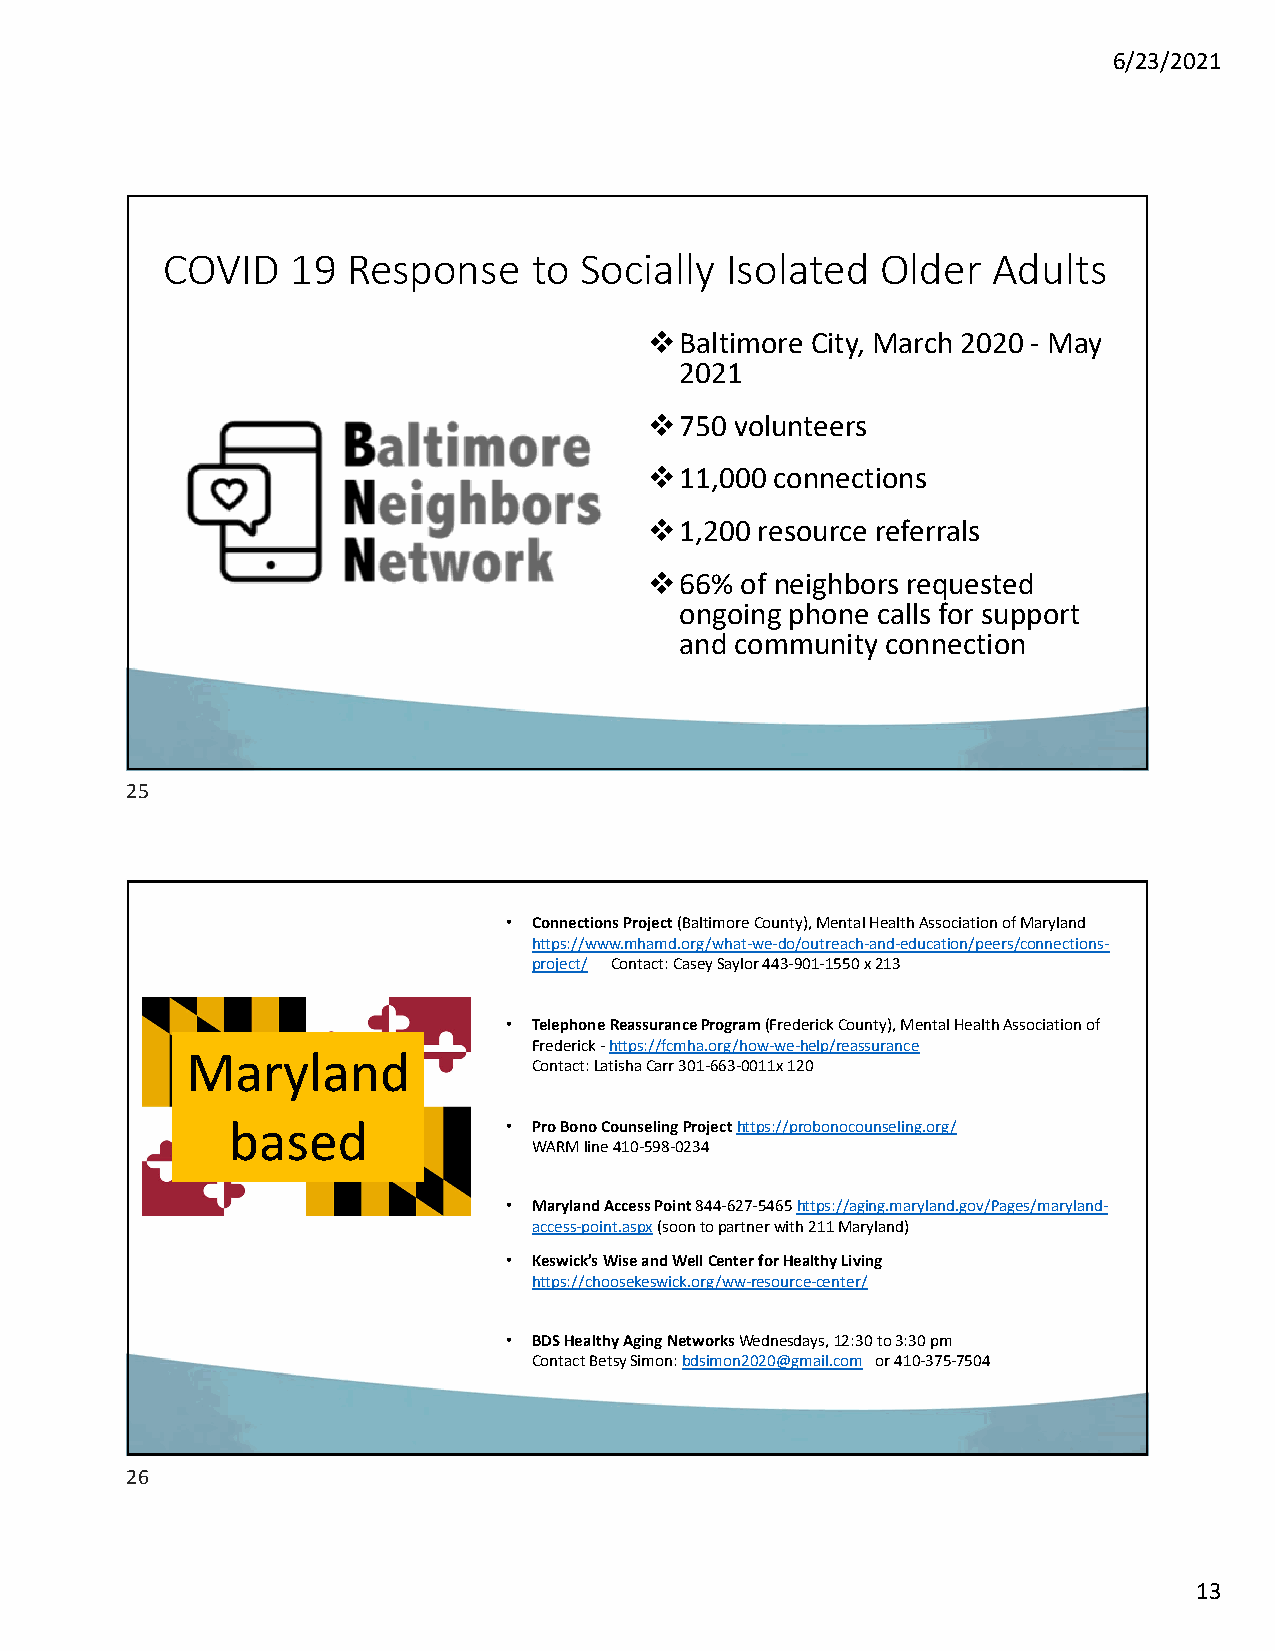
6/23/2021
 COVID   19  Response    to Socially  Isolated  Older   Adults
 Baltimore City, March 2020 ‐ May
 2021
 750  volunteers
 11,000 connections
 1,200 resource referrals
 66%  of neighbors requested
 ongoing phone calls for support
 and community connection
 25
 • Connections Project (Baltimore County), Mental Health Association of Maryland
 https://www.mhamd.org/what‐we‐do/outreach‐and‐education/peers/connections‐
 project/ Contact: Casey Saylor 443‐901‐1550 x 213
 • Telephone Reassurance Program (Frederick County), Mental Health Association of
 Frederick ‐https://fcmha.org/how‐we‐help/reassurance
 Maryland
 Contact: Latisha Carr301‐663‐0011x 120
 based              • Pro Bono Counseling Project https://probonocounseling.org/
 WARM line 410‐598‐0234
 • Maryland Access Point 844‐627‐5465 https://aging.maryland.gov/Pages/maryland‐
 access‐point.aspx(soon to partner with 211 Maryland)
 • Keswick’s Wise and Well Center for Healthy Living
 https://choosekeswick.org/ww‐resource‐center/
 • BDS Healthy Aging NetworksWednesdays, 12:30 to 3:30 pm
 Contact Betsy Simon:bdsimon2020@gmail.com or 410‐375‐7504
 26
 13